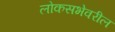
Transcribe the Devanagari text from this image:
लोकसभेवरील